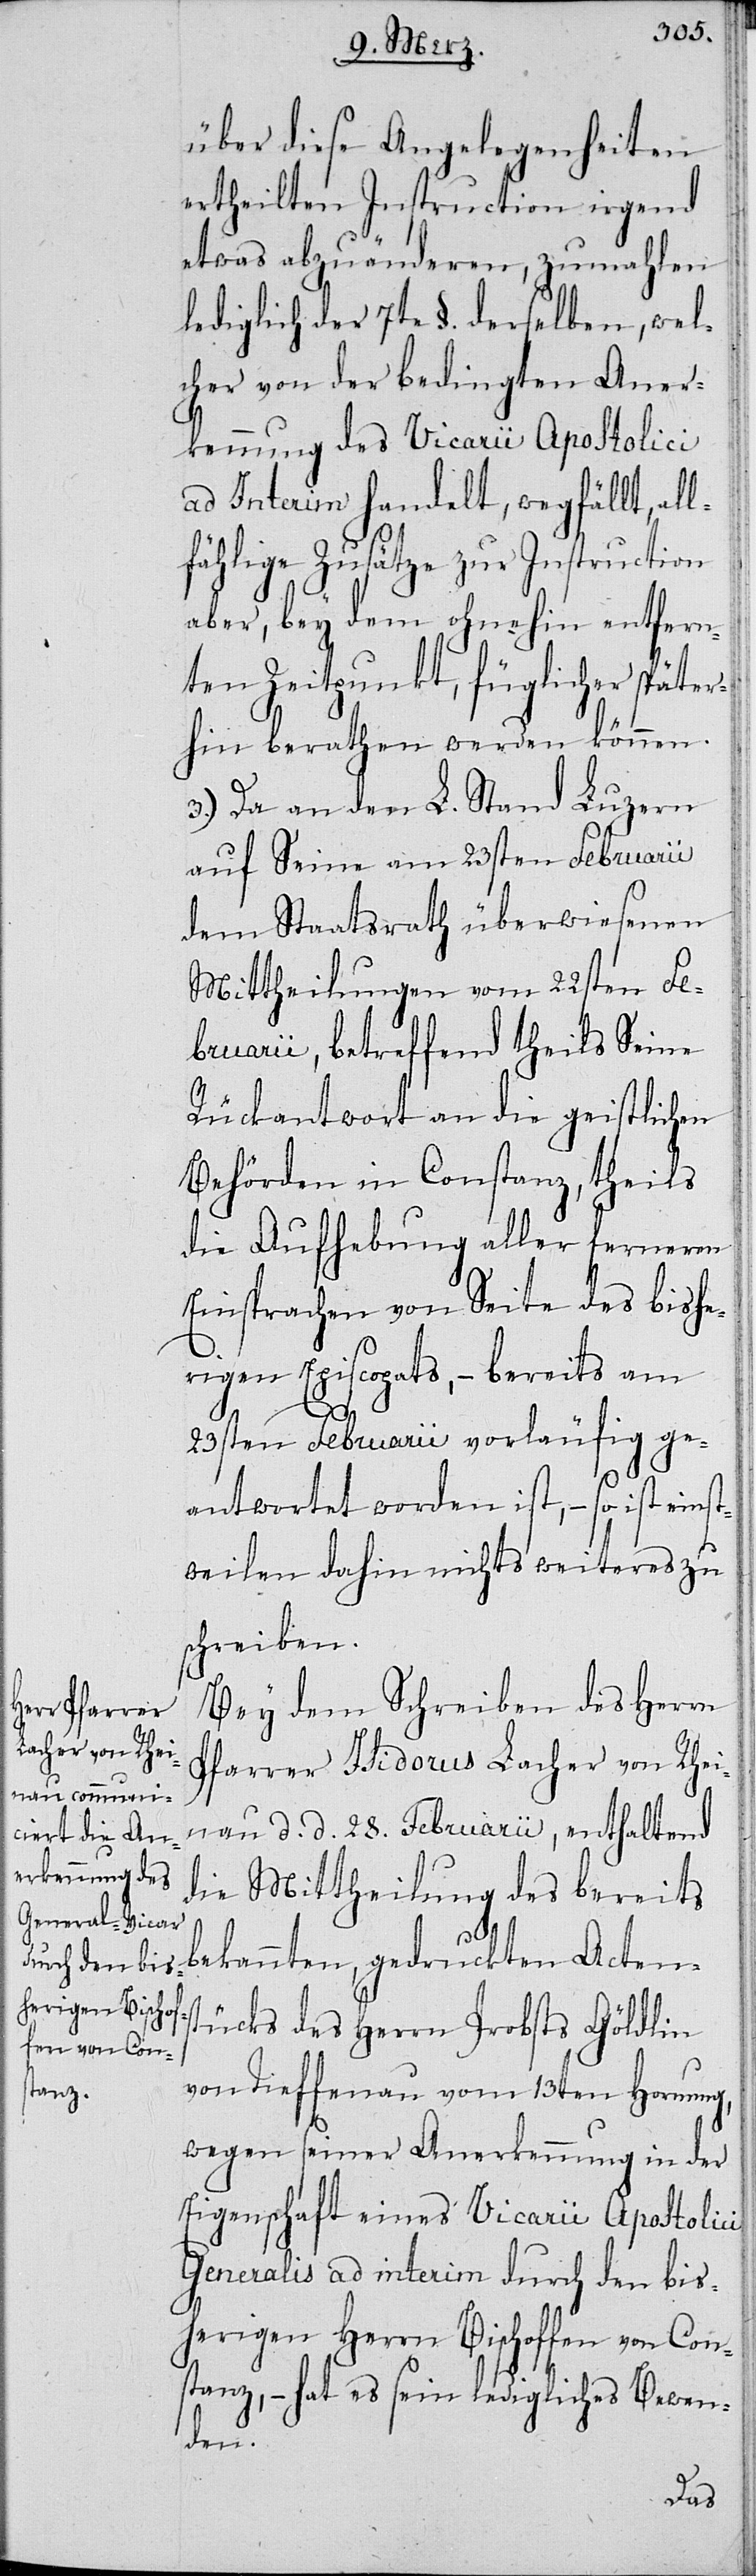
über diese Angele¬
ertheilten Instruc¬
etwas abzuänderen, z¬
umahlen
lediglich der 7te §. derselben,
lcher von der bedingten Aner¬
kennung des Vicarii Apostolici
ad Interim handelt, wegf¬
eils
lfählige Zusätze zur In¬
tion
aber, bey dem ohnehin
ten
nten Zeitpunkt, füglic¬
ter¬
hin berathen werden
3.) Da an den L. Stand
auf Seine am 23sten F¬
ufig
dem Staatsrath
st¬
Mittheilungen vom 22s¬
Seine
bruarii, betreffend th¬
Rückantwort an die geistlichen
Behörden in Constanz, theils
die Aufhebung aller ferneren
bish¬
Einsprachen von Seite
erigen Episcopats, – be¬
am
des
23sten Februarii vorlä¬
antwortet worden ist, – so ist ein¬
weilen dahin nichts weiteres zu
schreiben.
Bey dem Schreiben des Herrn
Pfarrer Isidorus Lacher von Rhei¬
nau d. d. 28. Februarii, enthaltend
die Mittheilung des bereits
bekannten, gedruckten Acten¬
ücks des Herrn Probsts Göldlin
von Tieffenau vom 13ten Hornung,
wegen seiner Anerkennung in der
Eigenschaft eines Vicarii Apostolici
Generalis ad interim durch den bis¬
herigen Herrn Bischoffen von Con¬
stanz, – hat es sein ledigliches Bewen¬
den.